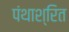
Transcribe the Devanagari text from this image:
पंथाश्रित